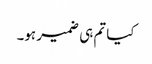
کیا تم ہی ضمیر ہو۔